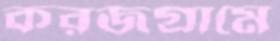
করজগ্রামে